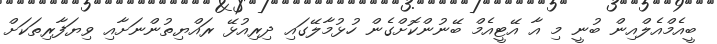
ބީއެމްއެލްއިން ބުނީ މި އާ އޭޓީއެމް ބޭނުންކޮށްގެން ހުޅުމާލޭގައި ދިރިއުޅޭ ރައްޔިތުންނަށާއި ވިޔަފާރިތަކަށް